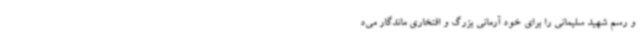
و رسم شهید سلیمانی را برای خود آرمانی بزرگ و افتخاری ماندگار می‌د